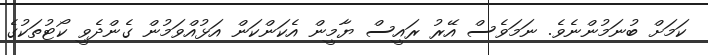
ކަމަށް ބުނަމުންނެވެ. ނަމަވެސް އޭރު ރައީސް ޔާމީން އެކަންކަން އަޅުއްވަމުން ގެންދެވީ ކޯޓުތަކުގެ